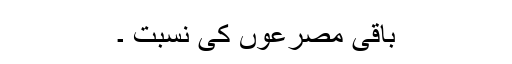
باقی مصرعوں کی نسبت ۔